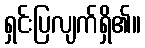
ရှင်းပြလျက်ရှိ၏။